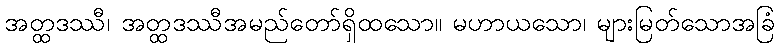
အတ္ထဒဿီ၊ အတ္ထဒဿီအမည်တော်ရှိထသော။ မဟာယသော၊ များမြတ်သောအခြံ